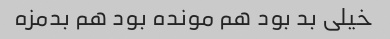
خیلی بد بود هم مونده بود هم بدمزه